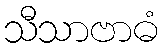
သီသာဗာဓံ